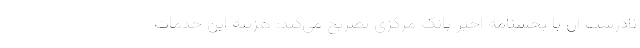
نادرست آن با بخشنامه اخیر بانک مرکزی تصریح می‌کند: هزینه این خدمات